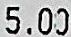
5.00